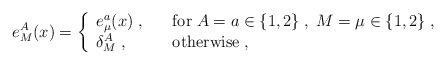
\begin{align*} e^A_M(x) = \left\{\begin{array}{ll}e^a_\mu(x)\;, &\quad\mathrm{for}\; A=a \in \{1,2\} \;,\; M=\mu \in \{1,2\} \;, \\\delta^A_M\;, &\quad\mathrm{otherwise} \;,\end{array} \right.\end{align*}